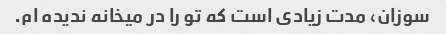
سوزان، مدت زیادی است که تو را در میخانه ندیده ام.